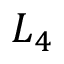
L _ { 4 }